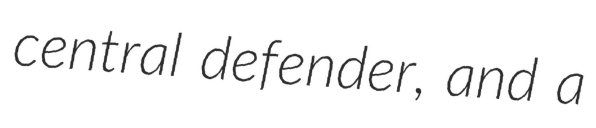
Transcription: central defender, and a